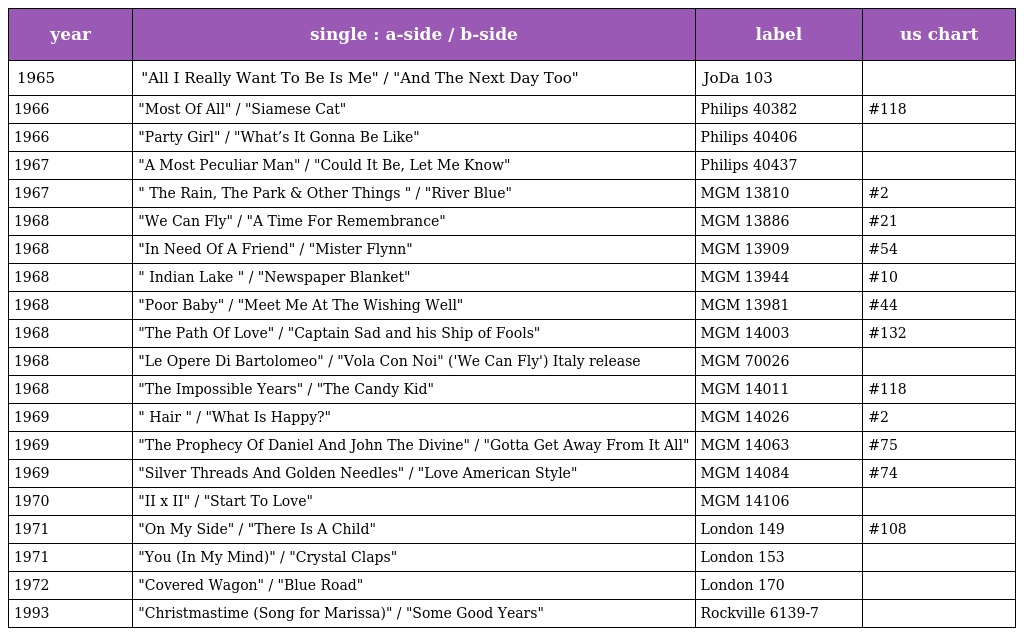
| year | single : a-side / b-side | label | us chart |
 | --- | --- | --- | --- |
 | 1965 | "All I Really Want To Be Is Me" / "And The Next Day Too" | JoDa 103 |  |
 | 1966 | "Most Of All" / "Siamese Cat" | Philips 40382 | #118 |
 | 1966 | "Party Girl" / "What’s It Gonna Be Like" | Philips 40406 |  |
 | 1967 | "A Most Peculiar Man" / "Could It Be, Let Me Know" | Philips 40437 |  |
 | 1967 | " The Rain, The Park & Other Things " / "River Blue" | MGM 13810 | #2 |
 | 1968 | "We Can Fly" / "A Time For Remembrance" | MGM 13886 | #21 |
 | 1968 | "In Need Of A Friend" / "Mister Flynn" | MGM 13909 | #54 |
 | 1968 | " Indian Lake " / "Newspaper Blanket" | MGM 13944 | #10 |
 | 1968 | "Poor Baby" / "Meet Me At The Wishing Well" | MGM 13981 | #44 |
 | 1968 | "The Path Of Love" / "Captain Sad and his Ship of Fools" | MGM 14003 | #132 |
 | 1968 | "Le Opere Di Bartolomeo" / "Vola Con Noi" ('We Can Fly') Italy release | MGM 70026 |  |
 | 1968 | "The Impossible Years" / "The Candy Kid" | MGM 14011 | #118 |
 | 1969 | " Hair " / "What Is Happy?" | MGM 14026 | #2 |
 | 1969 | "The Prophecy Of Daniel And John The Divine" / "Gotta Get Away From It All" | MGM 14063 | #75 |
 | 1969 | "Silver Threads And Golden Needles" / "Love American Style" | MGM 14084 | #74 |
 | 1970 | "II x II" / "Start To Love" | MGM 14106 |  |
 | 1971 | "On My Side" / "There Is A Child" | London 149 | #108 |
 | 1971 | "You (In My Mind)" / "Crystal Claps" | London 153 |  |
 | 1972 | "Covered Wagon" / "Blue Road" | London 170 |  |
 | 1993 | "Christmastime (Song for Marissa)" / "Some Good Years" | Rockville 6139-7 |  |